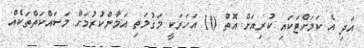
އަދި އެ ކަމަށްޓަކައި ކުރިއަށް އޮތް 10 އަހަރަކީ މަގުމަތި އަމާންކުރުމަށް މަސައްކަތްތަކެއް